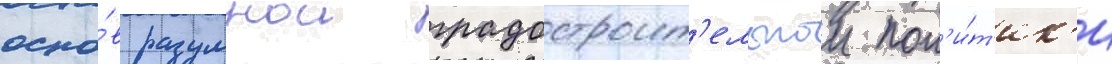
осно́в разумнои градостроит'ельнои пол'и́т'ик'и